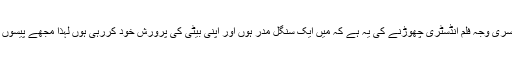
انہوں نے کہاکہ دوسری وجہ فلم انڈسٹری چھوڑنے کی یہ ہے کہ میں ایک سنگل مدر ہوں اور اپنی بیٹی کی پرورش خود کررہی ہوں لہذا مجھے پیسوں کی ضرورت ہے ۔